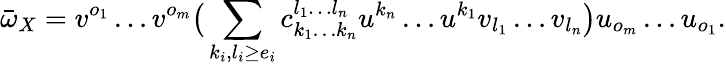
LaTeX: \bar{\omega}_{X}=v^{o_{1}}\dots v^{o_{m}}\big(\sum_{k_{i},l_{i}\ge e_{i}}c_{k_{1}\dots k_{n}}^{l_{1}\dots l_{n}}u^{k_{n}}\dots u^{k_{1}}v_{l_{1}}\dots v_{l_{n}}\big)u_{o_{m}}\dots u_{o_{1}}.